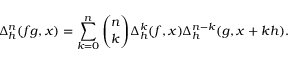
\Delta _ { h } ^ { n } ( f g , x ) = \sum _ { k = 0 } ^ { n } { \binom { n } { k } } \Delta _ { h } ^ { k } ( f , x ) \Delta _ { h } ^ { n - k } ( g , x + k h ) .